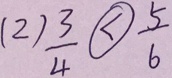
( 2 ) \frac { 3 } { 4 } \textcircled { < } \frac { 5 } { 6 }